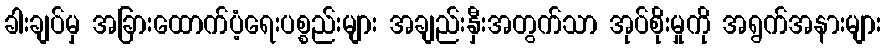
ခါးချပ်မှ အခြားထောက်ပံ့ရေးပစ္စည်းများ အချည်းနှီးအတွက်သာ အုပ်စိုးမှုကို အရွက်အနားများ